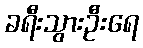
ခရီးသွားဦးရေ